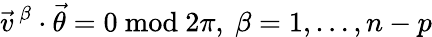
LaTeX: \vec{v}\, ^{\beta}\cdot\vec{\theta}=0\mathrm{~mod~}2\pi,\ \beta=1,\ldots,n-p